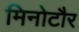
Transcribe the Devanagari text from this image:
मिनोटौर